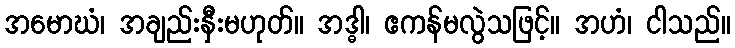
အမောဃံ၊ အချည်းနှီးမဟုတ်။ အဒ္ဓါ၊ ဧကန်မလွဲသဖြင့်။ အဟံ၊ ငါသည်။